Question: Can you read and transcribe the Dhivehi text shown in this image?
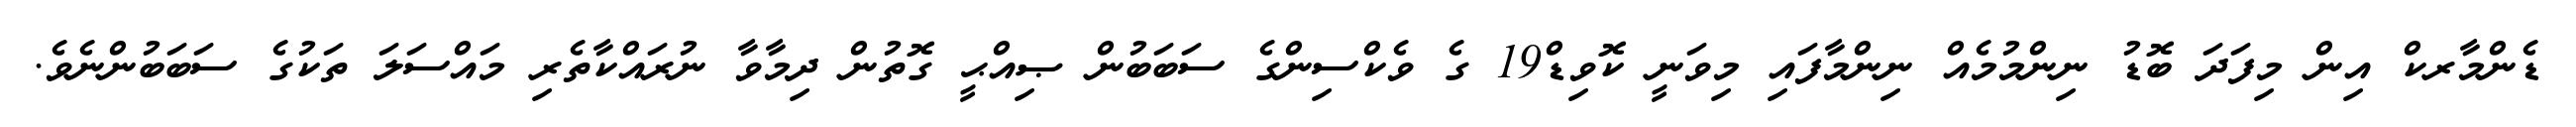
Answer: ޑެންމާރކް އިން މިފަދަ ބޮޑު ނިންމުމެއް ނިންމާފައި މިވަނީ ކޮވިޑް19 ގެ ވެކްސިންގެ ސަބަބުން ޞިއްޙީ ގޮތުން ދިމާވާ ނުރައްކާތެރި މައްސަލަ ތަކުގެ ސަބަބުންނެވެ.